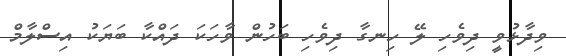
ވިދާޅުވީ ދިވެހި ލޭ ހިނގާ ދިވެހި ބަހުން ވާހަކަ ދައްކާ ބަޔަކު އިސްލާމް